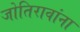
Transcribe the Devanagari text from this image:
जोतिरावांना